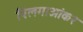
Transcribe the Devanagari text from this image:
पिलगाओंकर